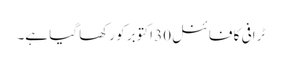
ٹرافی کا فائنل30 اکتوبر کو رکھا گیا ہے۔